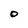
Character: O